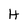
Character: H